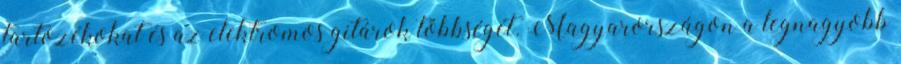
tartozékokat és az elektromos gitárok többségét. Magyarországon a legnagyobb